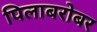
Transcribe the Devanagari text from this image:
पिलाबरोबर